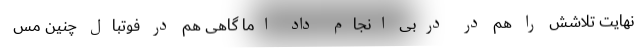
نهایت تلاشش را هم در دربی انجام داد اما گاهی هم در فوتبال چنین مس